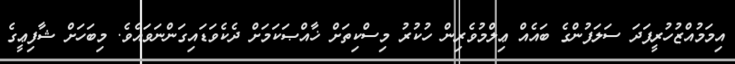
އިމަމުއްޒުހުރީފަދަ ސަލަފުންގެ ބައެއް ޢިލްމުވެރިން ހުކުރު މިސްކިތަށް ޚާއްޞަކަމަށް ދެކެވަޑައިގަންނަވައެވެ. މިބަހަށް ޝާފިޢީގެ